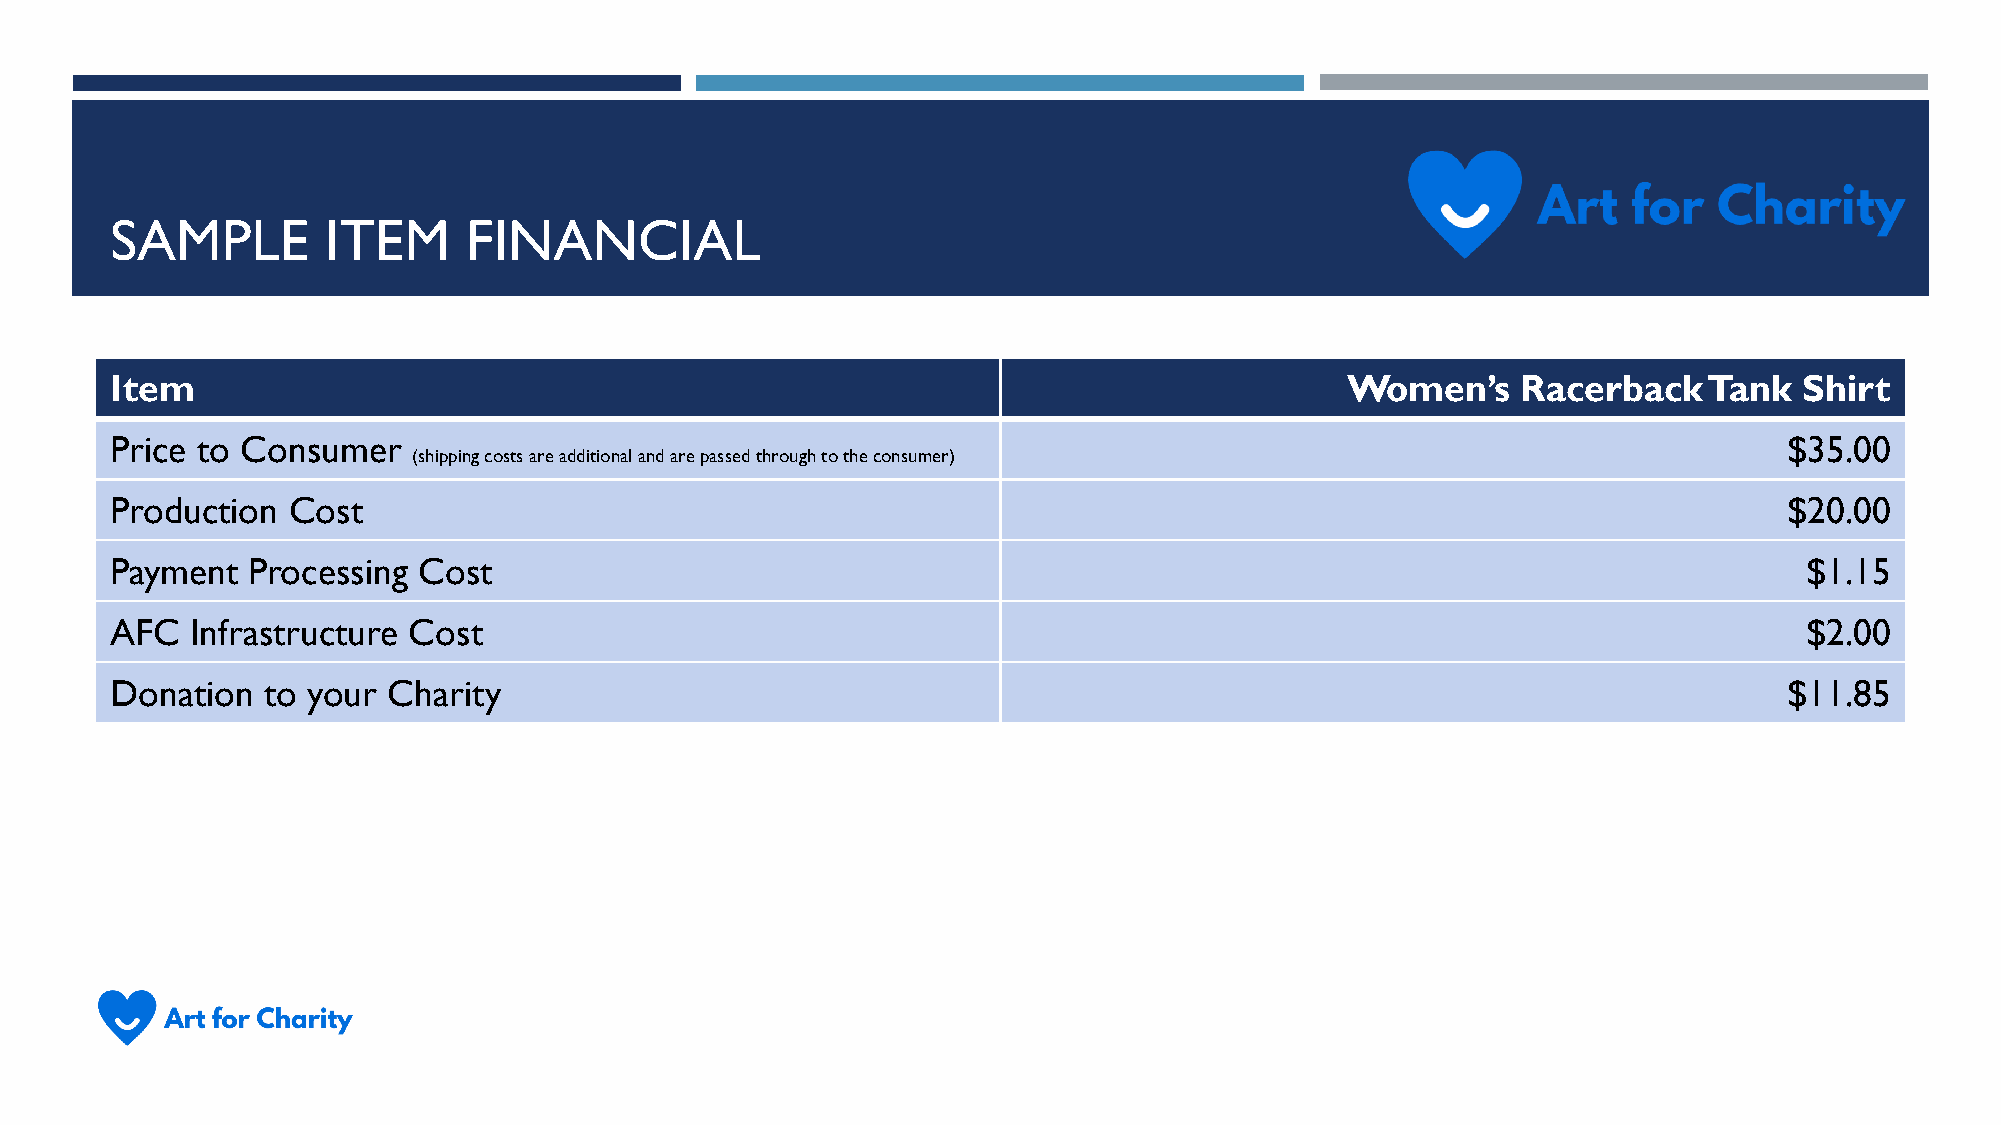
SAMPLE         ITEM     FINANCIAL
 Item                                                                              Women’s     Racerback   Tank  Shirt
 Price to Consumer                                                                                              $35.00
 (shipping costs are additional and are passed through to the consumer)
 Production  Cost                                                                                               $20.00
 Payment  Processing  Cost                                                                                        $1.15
 AFC   Infrastructure Cost                                                                                        $2.00
 Donation  to your  Charity                                                                                     $11.85